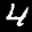
Label: 4